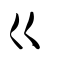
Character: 巜